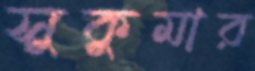
সুকুমার